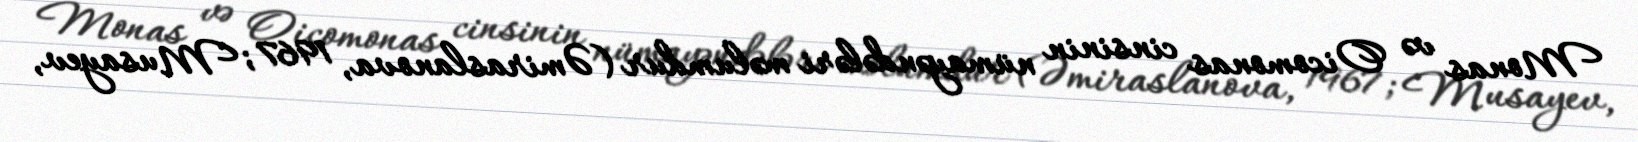
Monas və Oicomonas cinsinin nümayəndələri məlumdur (Əmiraslanova, 1967; Musayev,